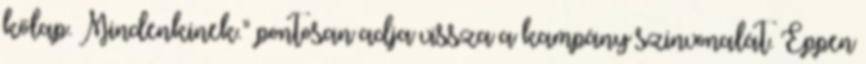
kőlap. Mindenkinek.” pontosan adja vissza a kampány szinvonalát. Éppen